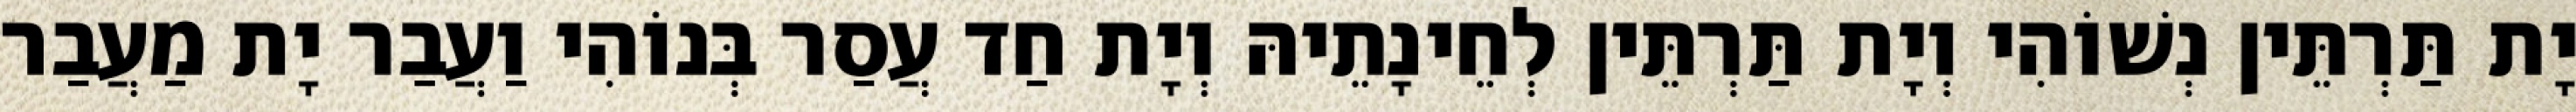
יָת תַּרְתֵּין נְשׁוֹהִי וְיָת תַּרְתֵּין לְחֵינָתֵיהּ וְיָת חַד עֲסַר בְּנוֹהִי וַעֲבַר יָת מַעֲבַר